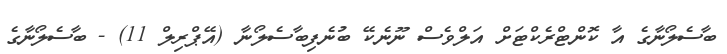
ބާސެލޯނާގެ އާ ކޮންޓްރެކްޓަށް އަލްވެސް ނޫނެކޭ ބުނެފިބާސެލޯނާ (އޭޕްރިލް 11) - ބާސެލޯނާގެ